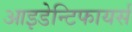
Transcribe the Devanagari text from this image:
आइडेन्टिफायर्स